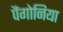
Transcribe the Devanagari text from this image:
पैंगोनिया